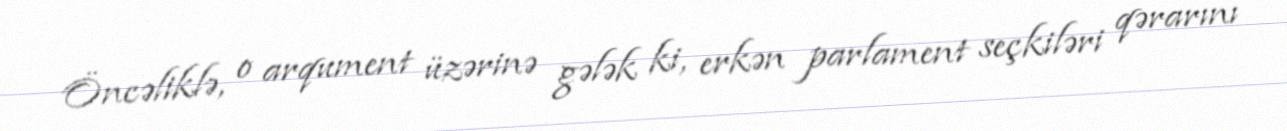
Öncəliklə, o arqument üzərinə gələk ki, erkən parlament seçkiləri qərarını